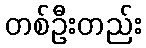
တစ်ဦးတည်း